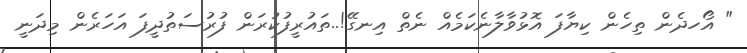
" އޯހދެން ތިހެން ކިޔާފަ އޮޅުވާލާނެކަމެއް ނެތް އިނގޭ!..ތައުރީފުކުރަން ފުރުސަތުދީފަ އަހަރެން މިދަނީ